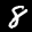
Label: 8